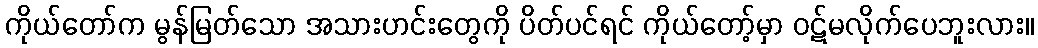
ကိုယ်တော်က မွန်မြတ်သော အသားဟင်းတွေကို ပိတ်ပင်ရင် ကိုယ်တော့်မှာ ဝဋ်မလိုက်ပေဘူးလား။